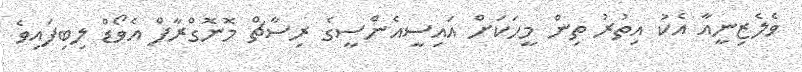
ވެލެޒިނީއާ އެކު އިތުރު ތިން މީހަކަށް އައިސީއެންސީގެ ރިސާޗް މޮނޮގްރާފް އެވޯޑް ލިބިފައިވެ